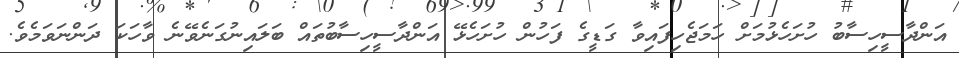
އަންދާސީހިސާބު ހުށަހެޅުމަށް ހަމަޖެހިފައިވާ ގަޑީގެ ފަހުން ހުށަހެޅޭ އަންދާސީހިސާބުތައް ބަލައިނުގަނެވޭނެ ވާހަކަ ދަންނަވަމެވެ.